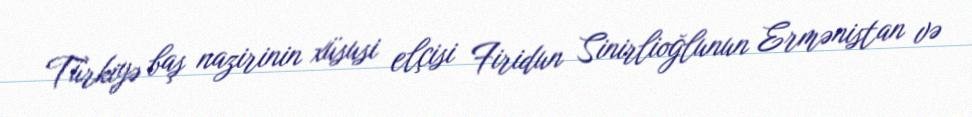
Türkiyə baş nazirinin xüsusi elçisi Firidun Sinirlioğlunun Ermənistan və